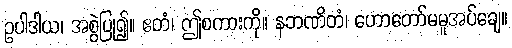
ဥပါဒါယ၊ အစွဲပြု၍။ ဧတံ၊ ဤစကားကို။ နဘဏိတံ၊ ဟောတော်မမူအပ်ချေ။